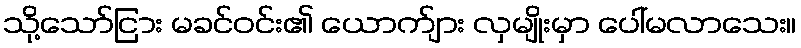
သို့သော်ငြား မခင်ဝင်း၏ ယောက်ျား လှမျိုးမှာ ပေါ်မလာသေး။